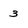
Character: 3